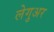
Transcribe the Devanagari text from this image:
लेगुअर